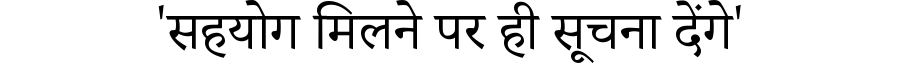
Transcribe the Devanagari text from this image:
'सहयोग मिलने पर ही सूचना देंगे'